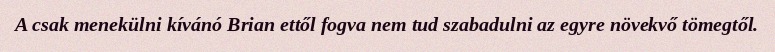
A csak menekülni kívánó Brian ettől fogva nem tud szabadulni az egyre növekvő tömegtől.